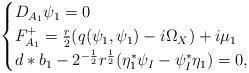
LaTeX: \begin{align*} \begin{cases} D_{A_1} \psi_1 =0 \\F_{A_1}^{+}= \frac{r}{2}(q(\psi_1,\psi_1)- i\Omega_X) + i\mu_1\\*d*b_1 -2^{-\frac{1}{2}}r^{\frac{1}{2}}(\eta_1^* \psi_I-\psi_I^* \eta_1)=0, \end{cases}\end{align*}